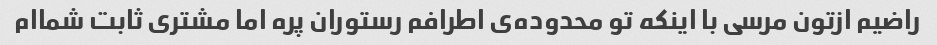
راضیم ازتون مرسی با اینکه تو محدوده‌ی اطرافم رستوران پره اما مشتری ثابت شماام